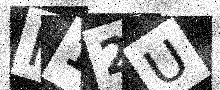
Text: H12U